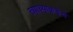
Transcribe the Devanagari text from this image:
त्याच्याकडेच